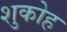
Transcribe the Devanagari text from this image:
शुकोह